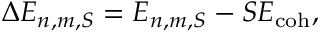
\Delta E _ { n , m , S } = E _ { n , m , S } - S E _ { \mathrm { c o h } } ,